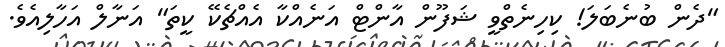
"ދެން ބުނެބަލަ! ކިހިނެތްވީ ޝަފޫން އާންޓް އަނެއްކާ އެއްޗެކޭ ކީތަ" އަނާލް އަހާލިއެވެ.